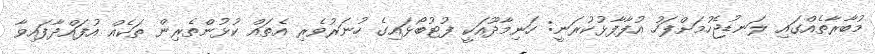
މުބާރާތެއްގައި ލަނޑުޖެހުމަށްފަހު އުފާފާޅުކުރަނީ: ހަނިމާދޫއަކީ ފުޓުބޯޅައިގެ ހުނަރުވެރި އެތައް ކުޅުންތެރިން ތަކެއް އުފައްދާފައިވާ